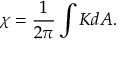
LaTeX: \chi = \frac { 1 } { 2 \pi } \int K d A .